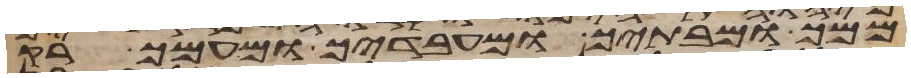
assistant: ממך ומבתיך ומעבדיך ומעמך רק